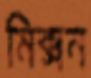
মিক্সন